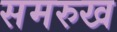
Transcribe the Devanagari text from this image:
समरुख